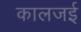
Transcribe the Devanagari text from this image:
कालजई